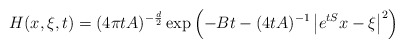
\begin{align*} H(x,\xi,t)=(4\pi t A)^{-\frac{d}{2}}\exp\left(-Bt-(4tA)^{-1}\left|e^{tS}x-\xi\right|^2\right) \end{align*}